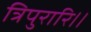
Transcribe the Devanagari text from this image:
त्रिपुरारि।।